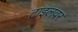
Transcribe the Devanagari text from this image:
टाइलवर